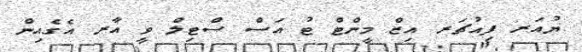
ޔުއަރ ފިއުޗަރ އިޒް މީންޓް ޓު އަސް ސްޓިލް ވީ އާރ އެގެއިިން